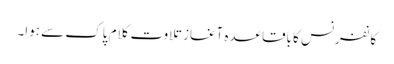
کانفرنس کا باقاعدہ آغاز تلاوت کلام پاک سے ہوا۔